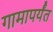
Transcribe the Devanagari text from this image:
गामापर्यंत